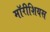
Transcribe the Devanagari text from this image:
मॉरीशियस